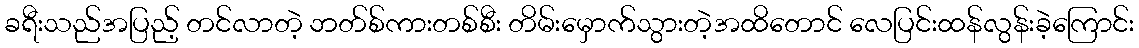
ခရီးသည်အပြည့် တင်လာတဲ့ ဘတ်စ်ကားတစ်စီး တိမ်းမှောက်သွားတဲ့အထိတောင် လေပြင်းထန်လွန်းခဲ့ကြောင်း